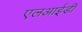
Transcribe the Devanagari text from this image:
एलआईडी